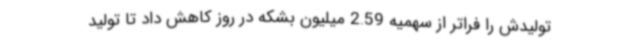
تولیدش را فراتر از سهمیه 2.59 میلیون بشکه در روز کاهش داد تا تولید